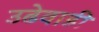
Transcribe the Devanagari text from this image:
उढेवाडी